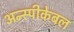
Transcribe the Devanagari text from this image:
अन्स्पीकेबल